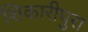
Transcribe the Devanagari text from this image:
शिकारीपुरा